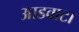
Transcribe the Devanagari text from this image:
आडवाटा